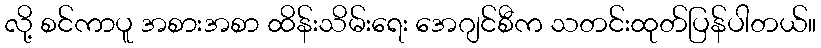
လို့ စင်ကာပူ အစားအစာ ထိန်းသိမ်းရေး အေဂျင်စီက သတင်းထုတ်ပြန်ပါတယ်။